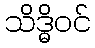
သိဒ္ဓိဝင်